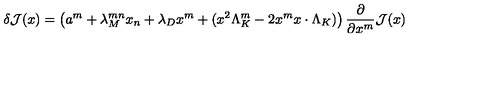
\delta { \cal J } ( x ) = \left( a ^ { m } + \lambda _ { M } ^ { m n } x _ { n } + \lambda _ { D } x ^ { m } + ( x ^ { 2 } \Lambda _ { K } ^ { m } - 2 x ^ { m } x \cdot \Lambda _ { K } ) \right) { \frac { \partial } { \partial x ^ { m } } } { \cal J } ( x )